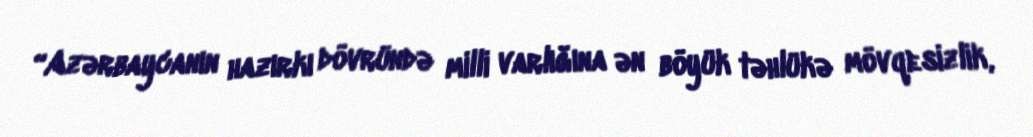
“Azərbaycanın hazırkı dövründə milli varlığına ən böyük təhlükə mövqesizlik,